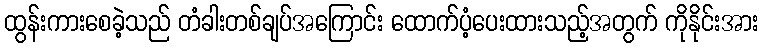
ထွန်းကားစေခဲ့သည် တံခါးတစ်ချပ်အကြောင်း ထောက်ပံ့ပေးထားသည့်အတွက် ကိုနိုင်းအား